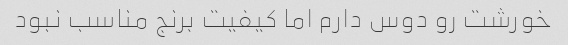
خورشت رو دوس دارم اما کیفیت برنج مناسب نبود